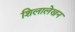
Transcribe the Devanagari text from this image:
शिलालेखन